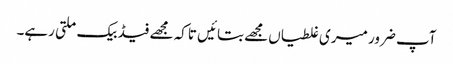
آپ ضرور میری غلطیاں مجھے بتائیں تاکہ مجھے فیڈ بیک ملتی رہے۔